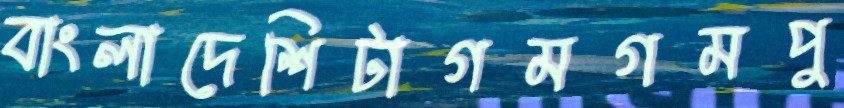
বাংলাদেশিটাগমগমপু